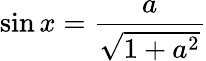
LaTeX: \sin x=\frac{a}{\sqrt{1+a^{2}}}